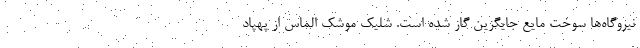
نیروگاه‌ها سوخت مایع جایگزین گاز شده است. شلیک موشک الماس از پهپاد